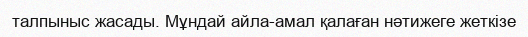
талпыныс жасады. Мұндай айла-амал қалаған нәтижеге жеткізе